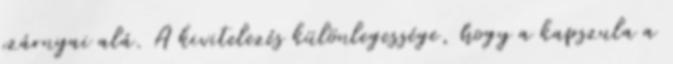
szárnyai alá. A kivitelezés különlegessége, hogy a kapszula a